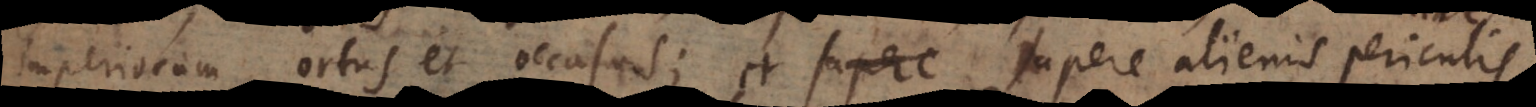
imperiorum ortus et occasus; et sapere alienis pericu